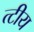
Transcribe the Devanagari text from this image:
त्टीय